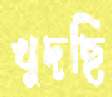
খুদছি